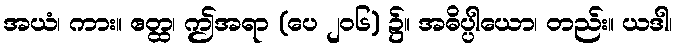
အယံ၊ ကား။ ဧတ္ထ၊ ဤအရာ (ပေ ၂၀၆) ၌။ အဓိပ္ပါယော၊ တည်း။ ယဒါ၊